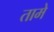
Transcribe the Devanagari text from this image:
तामे